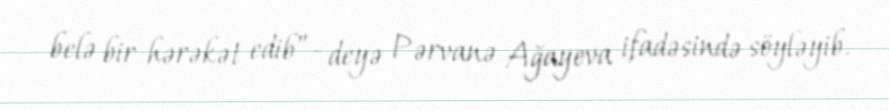
belə bir hərəkət edib”- deyə Pərvanə Ağayeva ifadəsində söyləyib.